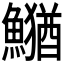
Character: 𮬎